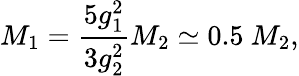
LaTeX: M_{1}={\frac{5g_{1}^{2}}{3g_{2}^{2}}}M_{2}\simeq 0.5~M_{2},